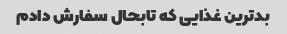
بدترین غذایی که تابحال سفارش دادم